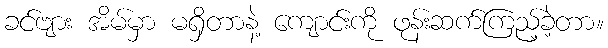
ခင်ဗျား အိမ်မှာ မရှိတာနဲ့ ကျောင်းကို ဖုန်းဆက်ကြည့်ခဲ့တာ။